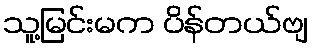
သူ့မြင်းမက ပိန်တယ်ဗျ